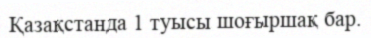
Қазақстанда 1 туысы шоғыршақ бар.